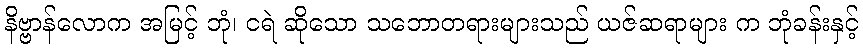
နိဗ္ဗာန်လောက အမြင့် ဘုံ၊ ငရဲ ဆိုသော သဘောတရားများသည် ယဇ်ဆရာများ က ဘုံခန်းနှင့်